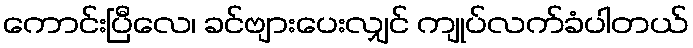
ကောင်းပြီလေ၊ ခင်ဗျားပေးလျှင် ကျုပ်လက်ခံပါတယ်